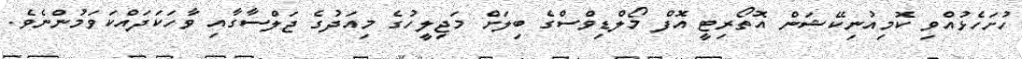
ހުށަހެޅުއްވި ކޮމިއުނިކޭޝަން އޮތޯރިޓީ އޮފް މޯލްޑިވްސްގެ ބިލަށް މަޖިލީހުގެ މިއަދުގެ ޖަލްސާގާއި ވާހަކަދައްކަވަމުންނެވެ.